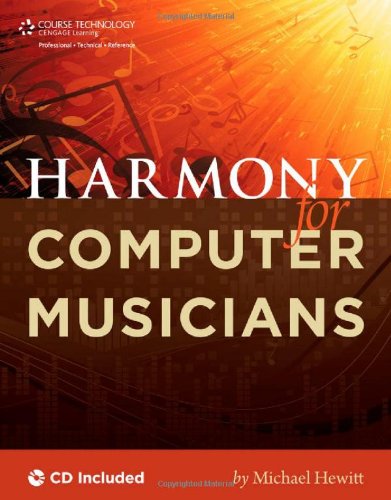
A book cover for Harmony for Computer Musicians; Michael Hewitt; Arts & Photography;